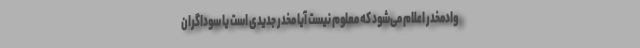
وادمخدر اعلام می‌شود که معلوم نیست آیا مخدر جدیدی است یا سوداگران